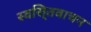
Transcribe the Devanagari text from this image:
स्वसि्तवाचन